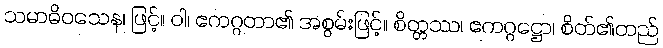
သမာဓိဝသေန၊ ဖြင့်။ ဝါ၊ ဧကဂ္ဂတာ၏ အစွမ်းဖြင့်။ စိတ္တဿ၊ ဧကဂ္ဂဋ္ဌော၊ စိတ်၏တည်